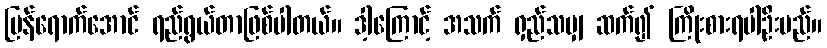
ပြန်ရောက်အောင် ရည်ရွယ်တာဖြစ်ပါတယ်။ ဒါ့ကြောင့် အသက် ရှည်သမျှ ဆက်၍ ကြိုးစားရပါဦးမည်။